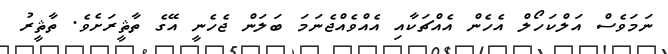
ނަމަވެސް އަލްކަހޯލް އެހެން އެއްޗަކާއި އެއްވެއްޖެނަމަ ބަލަން ޖެހެނީ އޭގެ ތާޘީރަށެވެ. ތާޘީރު